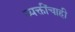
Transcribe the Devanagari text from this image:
व्यक्तींचाही